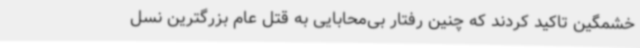
خشمگین تاکید کردند که چنین رفتار بی‌محابایی به قتل عام بزرگترین نسل